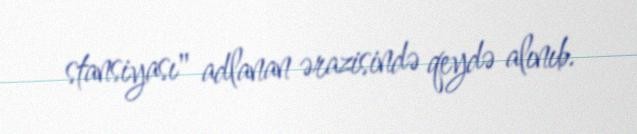
stansiyası" adlanan ərazisində qeydə alınıb.